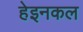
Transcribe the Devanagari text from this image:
हेइनकल